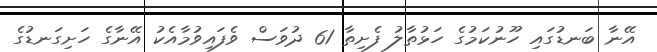
އޭނާ ބަނޑުގައި ހޫނުކަމުގެ ހަޅުތާލު ފެށިތާ 61 ދުވަސް ވެފައިވުމާއެކު އޭނާގެ ހަށިގަނޑުގެ